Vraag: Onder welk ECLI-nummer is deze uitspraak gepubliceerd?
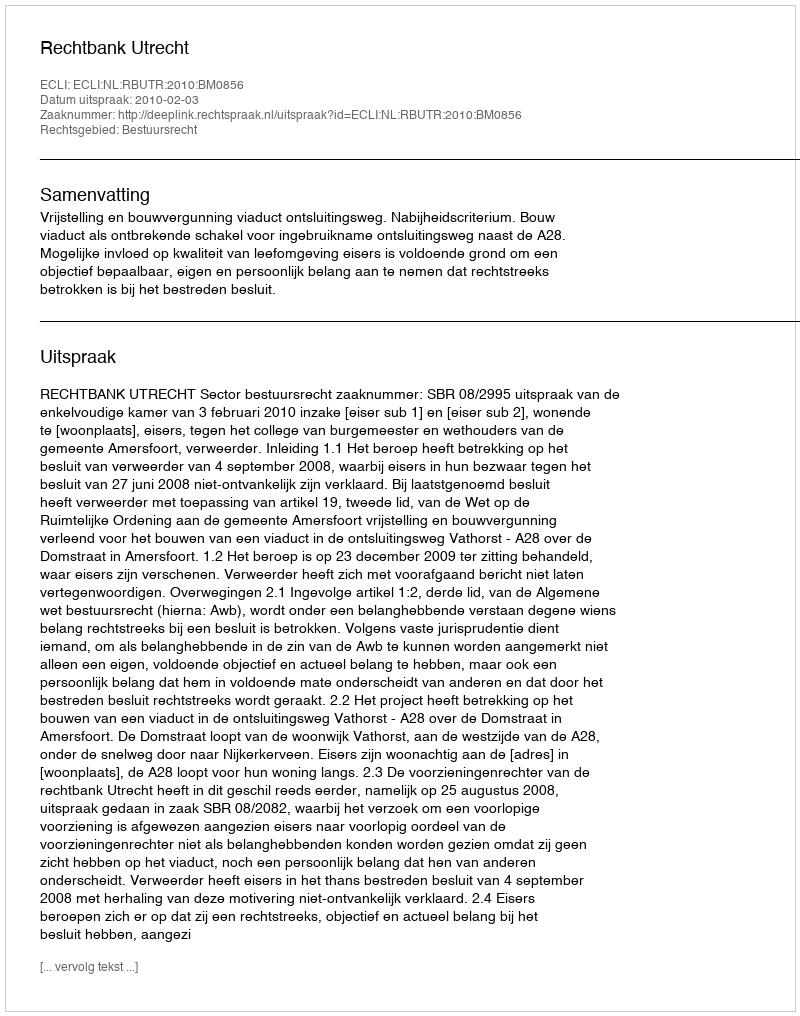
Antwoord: ECLI:NL:RBUTR:2010:BM0856